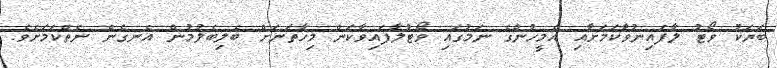
ބަޔަކު ވޯޓު ލާފައިނުވާަކަމަށާއި އެމީހުންގެ ނަމުގައި ވޯޓުލާފައިވާކަން މިހާތަނަށް ބެލިބެލުމުން އެނގެން ނެތްކަމަަށެވެ.